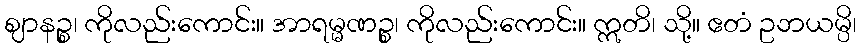
ဈာနဉ္စ၊ ကိုလည်းကောင်း။ အာရမ္မဏဉ္စ၊ ကိုလည်းကောင်း။ ဣတိ၊ သို့။ ဧတံ ဥဘယမ္ပိ၊